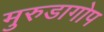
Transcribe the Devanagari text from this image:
मुरुडागोप